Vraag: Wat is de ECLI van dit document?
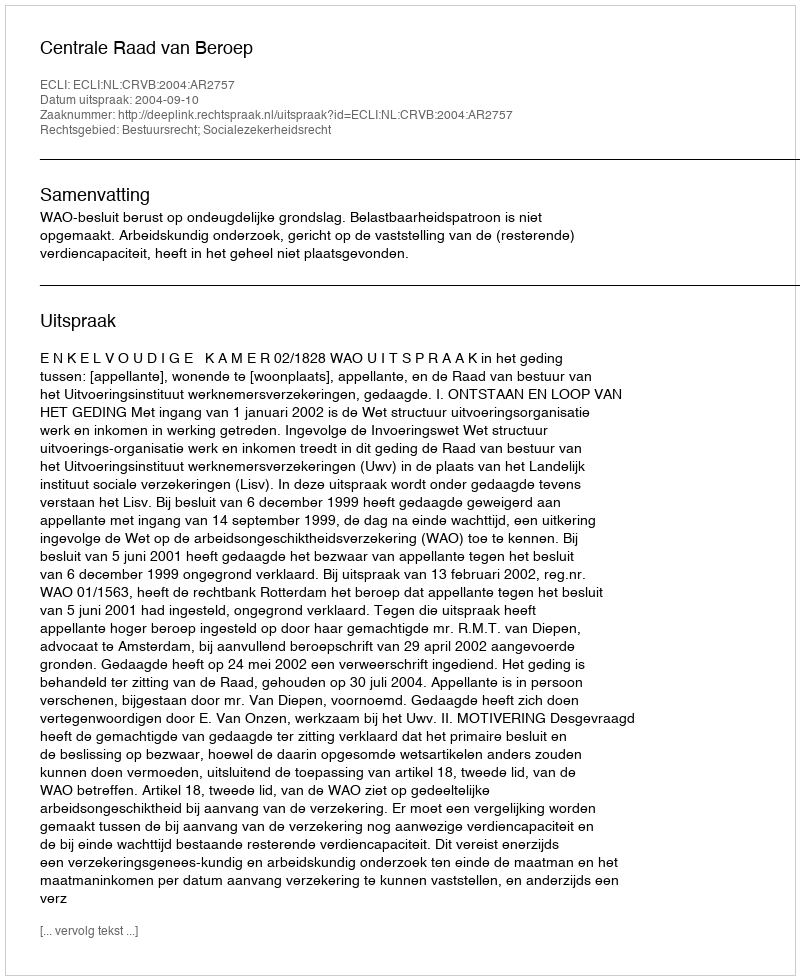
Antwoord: ECLI:NL:CRVB:2004:AR2757